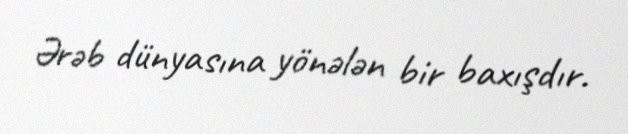
Ərəb dünyasına yönələn bir baxışdır.